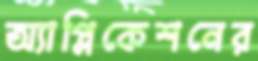
অ্যাপ্লিকেশনের